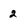
Character: 2